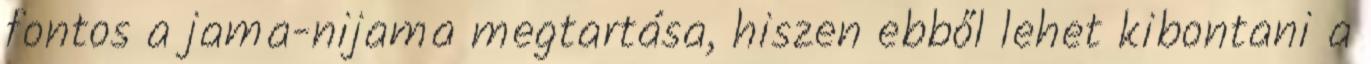
fontos a jama-nijama megtartása, hiszen ebből lehet kibontani a